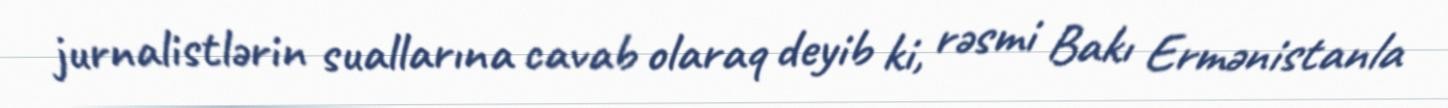
jurnalistlərin suallarına cavab olaraq deyib ki, rəsmi Bakı Ermənistanla